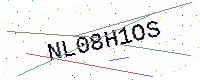
Text: NL08H1OS